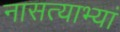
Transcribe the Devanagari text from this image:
नासत्याभ्यां